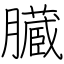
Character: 臓